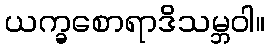
ယက္ခစောရာဒိသမ္ဘဝါ။